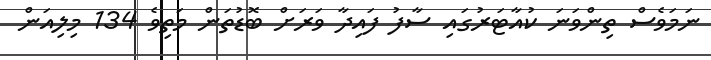
ނަމަވެސް ތިންވަނަ ކުއާޓަރުގައި ސާފު ފައިދާ ވަރަށް ބޮޑުތަން މަތިވެ 134 މިލިއަން